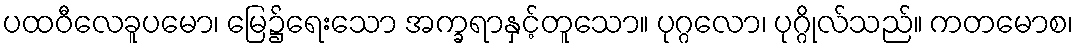
ပထဝီလေခူပမော၊ မြေ၌ရေးသော အက္ခရာနှင့်တူသော။ ပုဂ္ဂလော၊ ပုဂ္ဂိုလ်သည်။ ကတမောစ၊